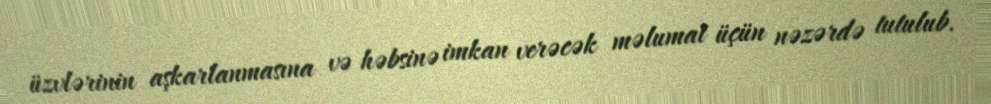
üzvlərinin aşkarlanmasına və həbsinə imkan verəcək məlumat üçün nəzərdə tutulub.